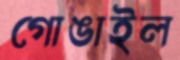
গোঙাইল